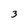
Character: 3